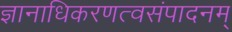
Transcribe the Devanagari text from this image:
ज्ञानाधिकरणत्वसंपादनम्